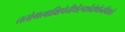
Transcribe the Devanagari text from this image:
ततोगत्वाक्षिपेत्तीर्थेस्पर्शदोषोनविद्यते